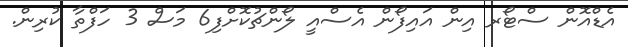
އެޑްއޮން ސްޓޯރ އިން އައިފޯން އެސްއީ ލޯންޗުކޮށްފި6 މަސް 3 ހަފްތާ ކުރިން.